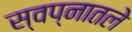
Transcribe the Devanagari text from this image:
स्वप्नातले